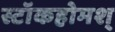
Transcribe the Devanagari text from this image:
स्टॉकहोमश्